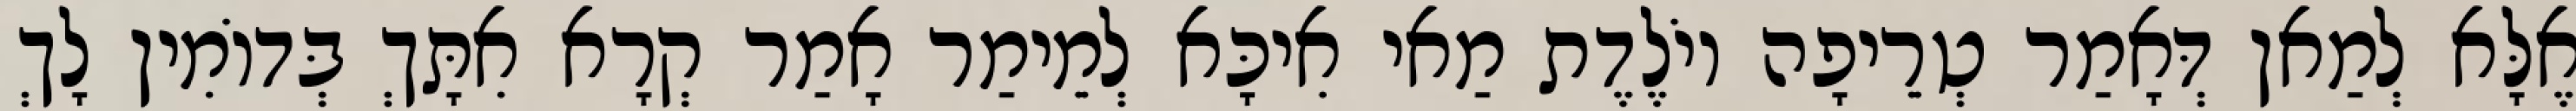
אֶלָּא לְמַאן דְּאָמַר טְרֵיפָה יוֹלֶדֶת מַאי אִיכָּא לְמֵימַר אָמַר קְרָא אִתָּךְ בְּדוֹמִין לָךְ